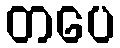
တပေ